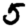
Digit: 5